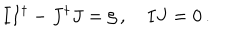
I I ^ { \dagger } - J ^ { \dagger } J = \zeta \, , \quad I J = 0 \, .